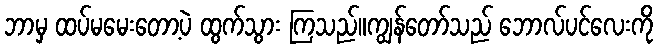
ဘာမှ ထပ်မမေးတော့ပဲ ထွက်သွား ကြသည်။ကျွန်တော်သည် ဘောလ်ပင်လေးကို